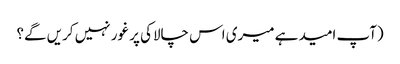
(آپ امید ہے میری اس چالاکی پر غور نہیں کریں گے؟